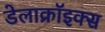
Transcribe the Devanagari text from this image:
डेलाक्रॉइक्स